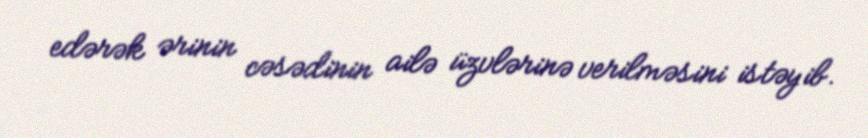
edərək ərinin cəsədinin ailə üzvlərinə verilməsini istəyib.